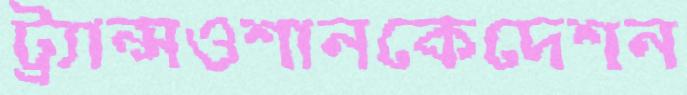
ট্র্যান্সওশানকেদেশন